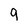
Character: 9